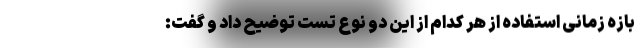
بازه زمانی استفاده از هر کدام از این دو نوع تست توضیح داد و گفت: